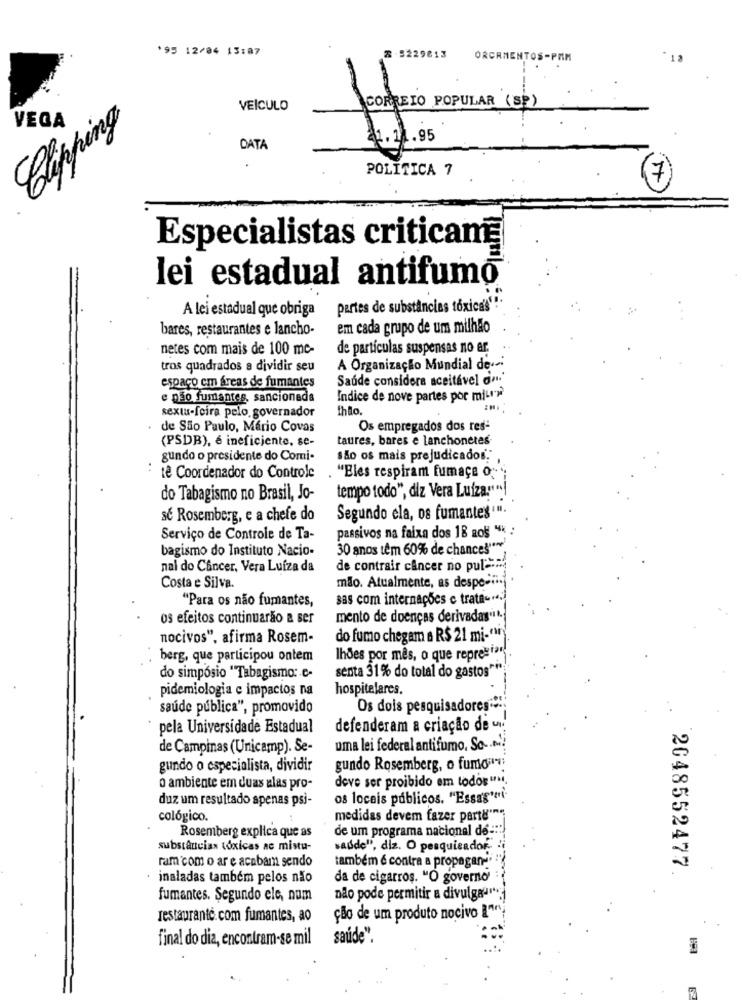
*95 12/04 13:87
2-5229813
ORCAMENTOS-PAM
12
VEICULO
Clipping
VEGA
poreso 0
1.11.95
DATA
POLITICA 7
7
Especialistas criticama
lei estadual antifumo
A lei estadual que obriga
pertes de substâncias tóxicas""
bares, restaurantes e lancho-
em cada grupo de um milhão
netes com mais de 100 mc-
de partículas suspensas no ar
tros quadrados a dividir seu
A Organização Mundial de
espaço em áreas de fumantes
Saúde considera aceitável do
e não fumantes, sancionada
Indice de nove partes por miur
sexta-feira pelo governador
Ihdo.
de São Paulo, Mário Covas
Os empregados dos res-
(PSDB), é ineficiente, se-
taures, bares e lanchonetes-
gundo o presidente do Comi-
são os mais prejudicados."
te Coordenador do Controle
. "Eles respiram fumaça o;
do Tabagismo no Brasil, Jo-
tempo todo", diz Vera Luiza:""!
se Rosemberg, e a chefe do
Segundo ela, os fumantes ""
Serviço de Controle de Ta-
passivos na faixa dos 18 aos
bagismo do Instituto Nacio-
30 anos têm 60% de chances" ***
nal do Câncer, Vera Luíza da
de contrair cancer no pul ==
Costa e Silva.
mão. Atualmente, as despesi.
sas com internações e trata -**
"Para os não fumantes,
os efeitos continuarão a ser
mento de doenças derivadas"it.
nocivos", afirma Rosem-
do fumo chegam a R$ 21 mi-eur
berg, que participou ontem
Ihões por mês, o que represi
senta 31 % do total do gastos ***
do simpósio "Tabagismo: c-
pidemiologia e impactos na
hospitalares.
saúde pública", promovido
Os dois pesquisadores !!
pela Universidade Estadual
defenderam a criação de un.
de Campinas (Unicamp). Se-
uma lei federal antifumo, So ...!
gundo o especialista, dividir
gundo Rosemberg, o fumo;
deve ser proibido em todos" ..
o ambiente em duas alas pro-
duz um resultado apenas psi-
os locais públicos. "Essag'i'
cológico.
medidas devem fazer parte"""
de um programa nacional de ::
Rosemberg explica que as
substâncias tóxicas ac mistu-
sadde", diz. O pesquisador"
ram com o ar e acabam sendo
também é contra a propagan-"
2048552477.
inaladas tambem pelos não
da de cigarros. "O governo"
fumantes. Segundo ele, num
não pode permitir a divulga ****
restaurantc. com fumantes, ao
ção de um produto nocivo I" **
final do dia, encontram-se mil
saúde".